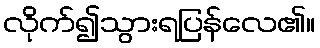
လိုက်၍သွားရပြန်လေ၏။